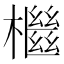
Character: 檵